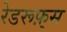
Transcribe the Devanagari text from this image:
रेडरूफ़्स